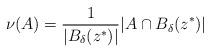
LaTeX: \begin{align*}\nu(A)= \frac{1}{|B_\delta(z^*)|} |A \cap B_\delta(z^*)|\end{align*}